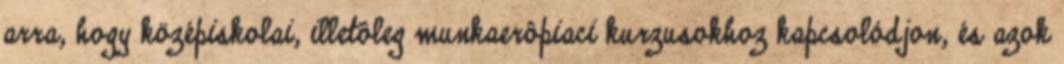
arra, hogy középiskolai, illetôleg munkaerôpiaci kurzusokhoz kapcsolódjon, és azok